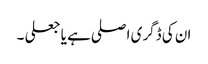
ان کی ڈگری اصلی ہے یا جعلی ۔